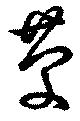
慶